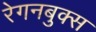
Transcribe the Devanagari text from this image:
रेगनबुक्स